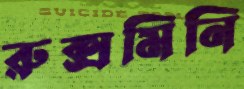
রুক্সমিনি